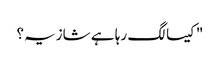
"کیسا لگ رہا ہے شازیہ؟